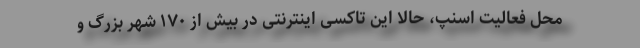
محل فعالیت اسنپ، حالا این تاکسی اینترنتی در بیش از ۱۷۰ شهر بزرگ و